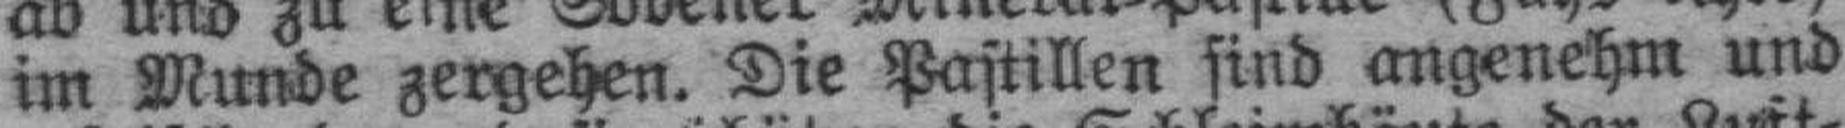
im Wunde zergehen. Die Pastillen sind angenehm und